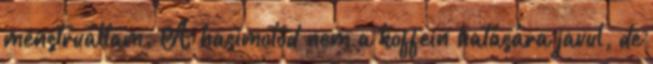
menstruáltam. A hasimotód nem a koffein hatására javul, de